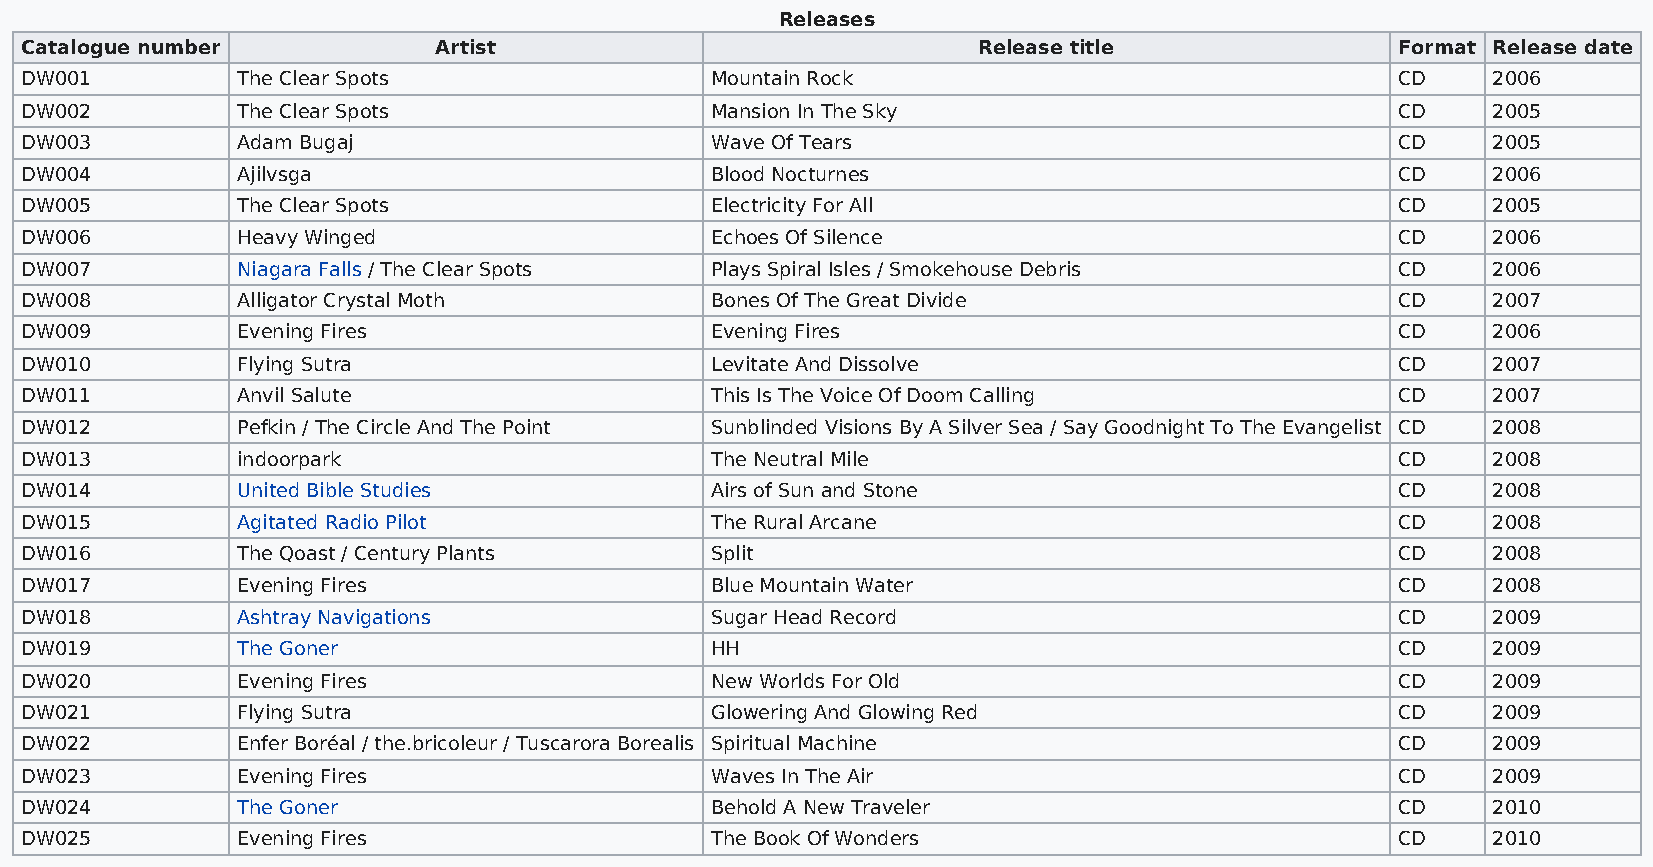
Releases
 Catalogue number            Artist                              Release title              Format Release date
 DW001          The Clear Spots                Mountain Rock                                CD     2006
 DW002          The Clear Spots                Mansion In The Sky                           CD     2005
 DW003          Adam Bugaj                     Wave Of Tears                                CD     2005
 DW004          Ajilvsga                       Blood Nocturnes                              CD     2006
 DW005          The Clear Spots                Electricity For All                          CD     2005
 DW006          Heavy Winged                   Echoes Of Silence                            CD     2006
 DW007          Niagara Falls / The Clear Spots Plays Spiral Isles / Smokehouse Debris      CD     2006
 DW008          Alligator Crystal Moth         Bones Of The Great Divide                    CD     2007
 DW009          Evening Fires                  Evening Fires                                CD     2006
 DW010          Flying Sutra                   Levitate And Dissolve                        CD     2007
 DW011          Anvil Salute                   This Is The Voice Of Doom Calling            CD     2007
 DW012          Pefkin / The Circle And The Point Sunblinded Visions By A Silver Sea / Say Goodnight To The Evangelist CD 2008
 DW013          indoorpark                     The Neutral Mile                             CD     2008
 DW014          United Bible Studies           Airs of Sun and Stone                        CD     2008
 DW015          Agitated Radio Pilot           The Rural Arcane                             CD     2008
 DW016          The Qoast / Century Plants     Split                                        CD     2008
 DW017          Evening Fires                  Blue Mountain Water                          CD     2008
 DW018          Ashtray Navigations            Sugar Head Record                            CD     2009
 DW019          The Goner                      HH                                           CD     2009
 DW020          Evening Fires                  New Worlds For Old                           CD     2009
 DW021          Flying Sutra                   Glowering And Glowing Red                    CD     2009
 DW022          Enfer Boréal / the.bricoleur / Tuscarora Borealis Spiritual Machine         CD     2009
 DW023          Evening Fires                  Waves In The Air                             CD     2009
 DW024          The Goner                      Behold A New Traveler                        CD     2010
 DW025          Evening Fires                  The Book Of Wonders                          CD     2010